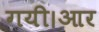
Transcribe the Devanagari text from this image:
गयी।आर